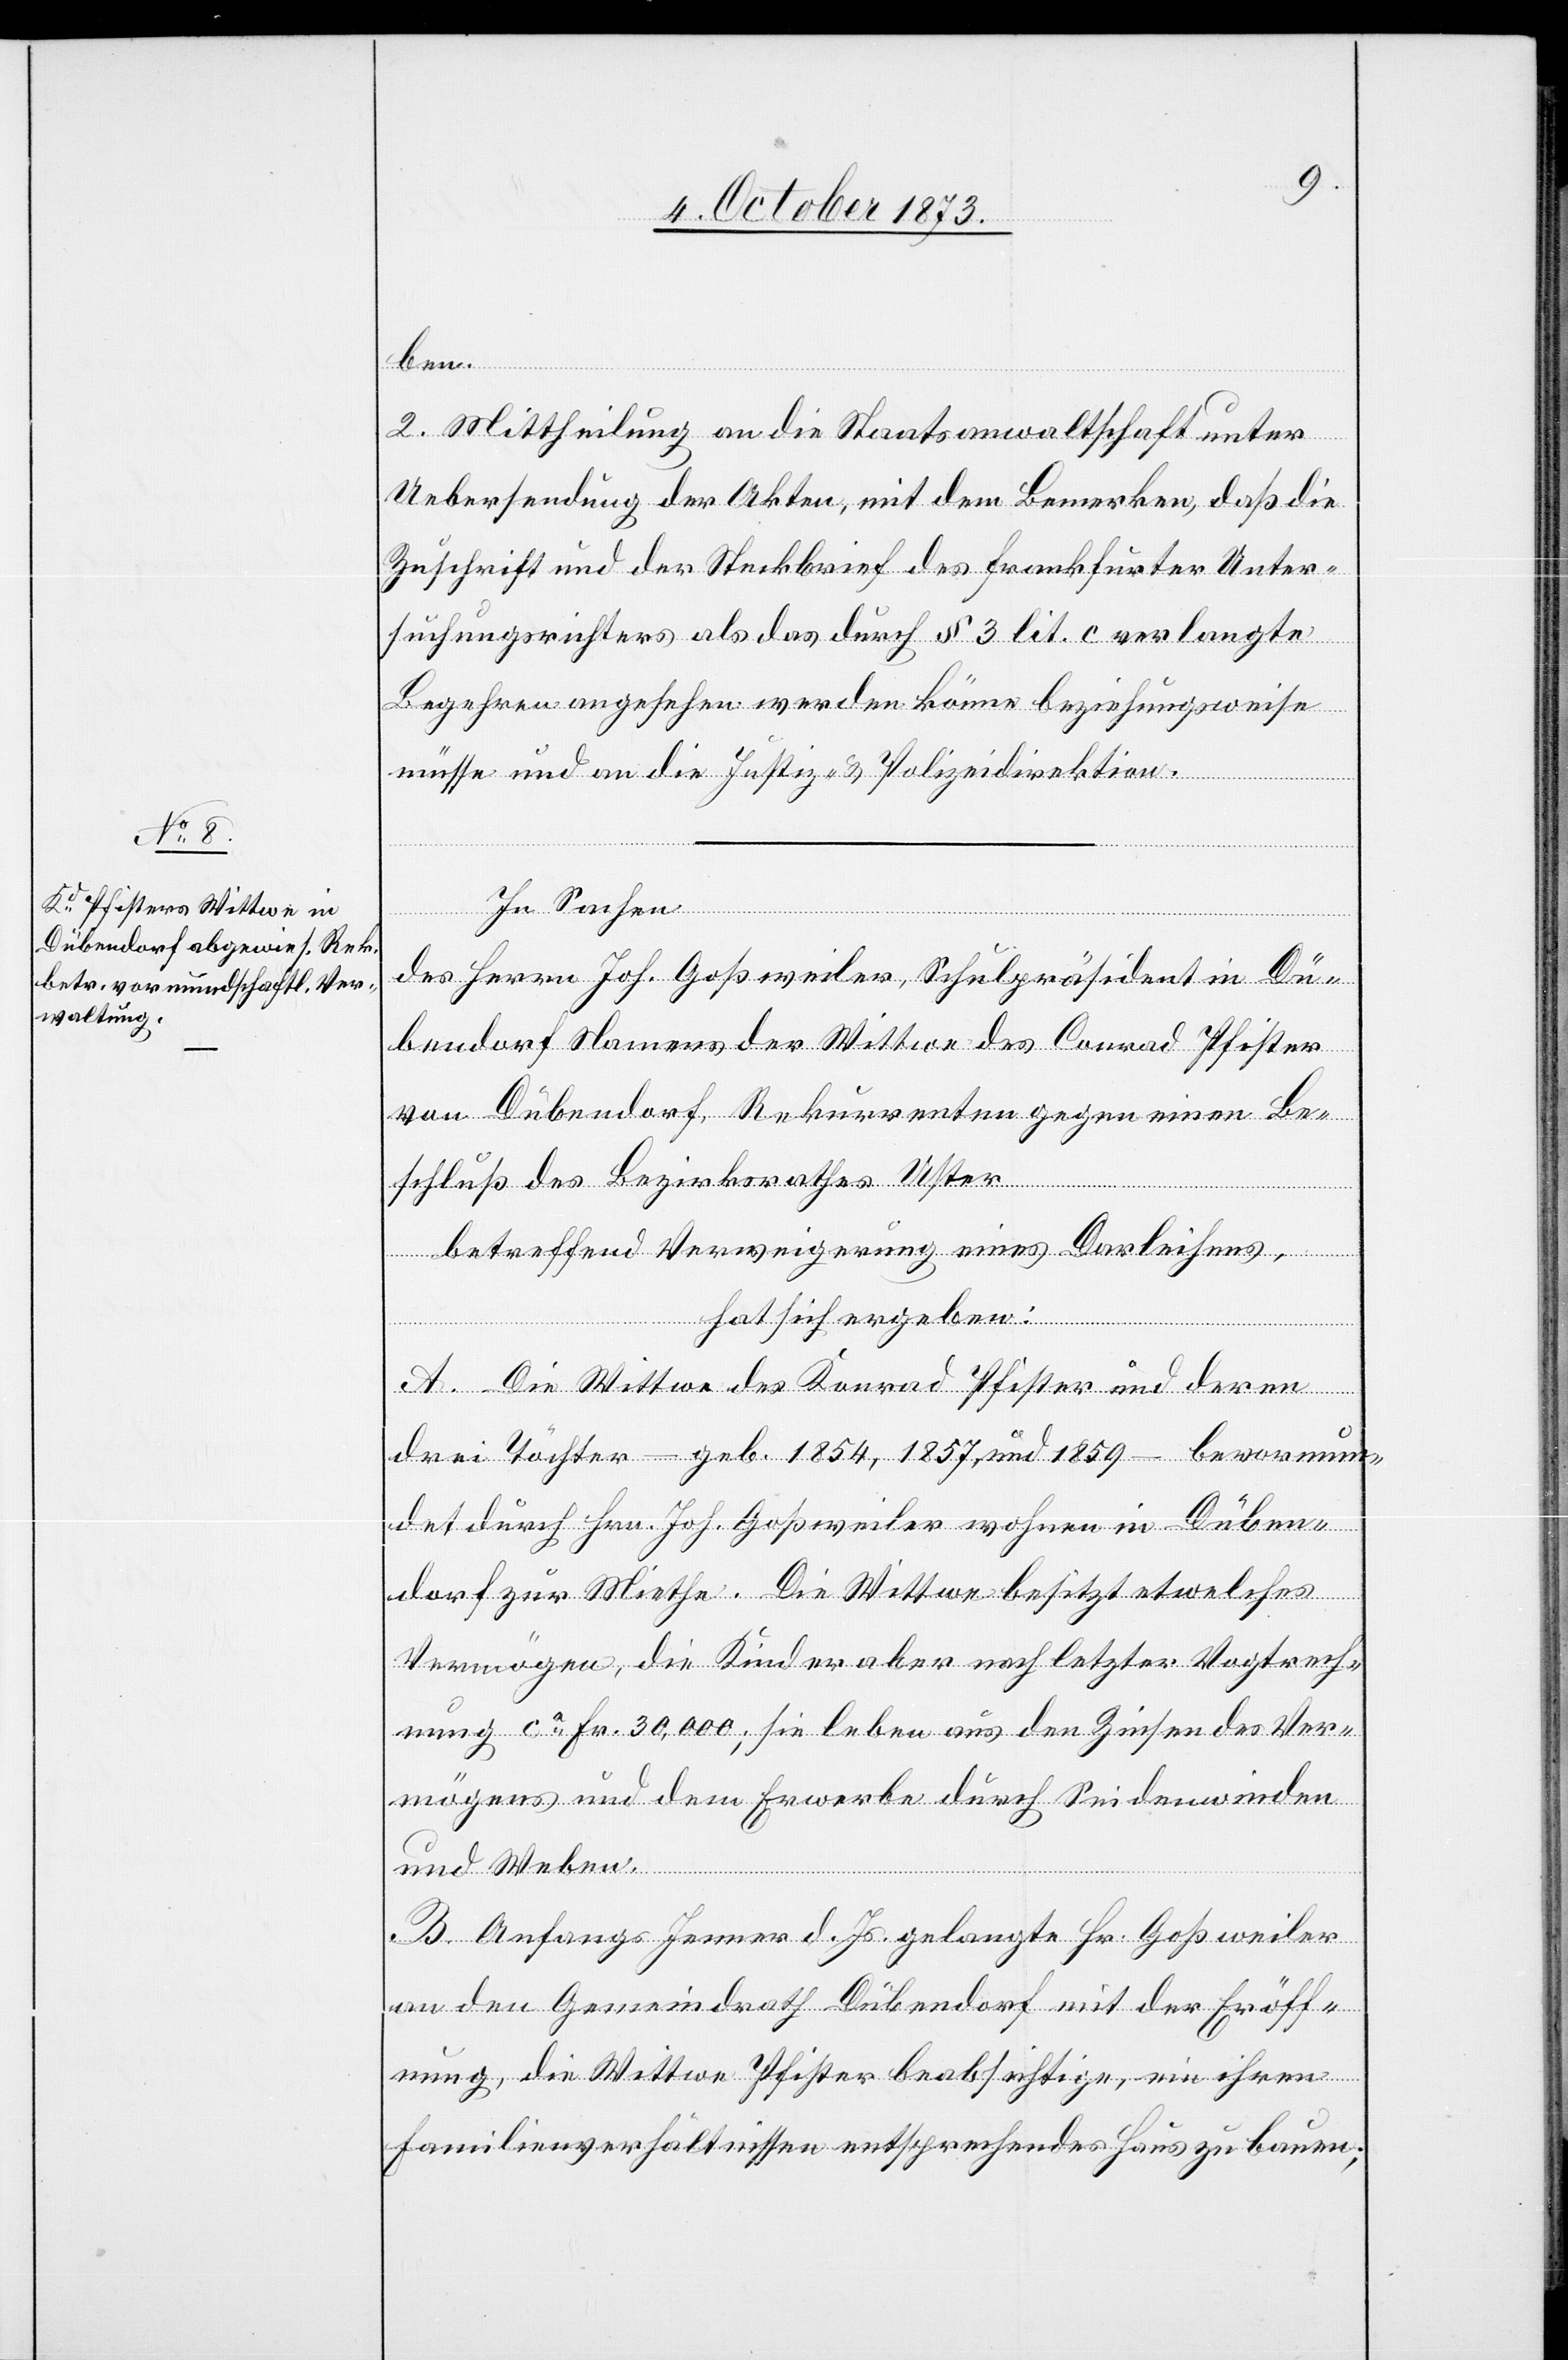
ben.
2. Mittheilung an die Staatsanwaltschaft unter
Uebersendung der Akten, mit dem Bemerken, daß die
Zuschrift und der Steckbrief des frankfurter Unter¬
suchungsrichters als das durch § 3 lit. c verlangte
Begehren angesehen werden könne beziehungsweise
müsse und an die Justiz- & Polizeidirektion.
In Sachen
des Herrn Joh. Goßweiler, Schulpräsident in Dü¬
bendorf Namens der Wittwe des Conrad Pfister
von Dübendorf, Rekurrenten gegen einen Be¬
schluß des Bezirksrathes Uster
betreffend Verweigerung eines Darleihens,
hat sich ergeben:
A. Die Wittwe des Konrad Pfister und deren
drei Töchter – geb. 1854, 1857 und 1859 – bevormun¬
det durch Hrn. Joh. Goßweiler wohnen in Düben¬
dorf zur Miethe. Die Wittwe besitzt etwelches
Vermögen, die Kinder aber nach letzter Vogtrech¬
nung ca Fr. 30,000; sie leben aus den Zinsen des Ver¬
mögens und dem Erwerbe durch Seidenwinden
und Weben.
B. Anfangs Jenner d. Js. gelangte Hr. Goßweiler
an den Gemeindrath Dübendorf mit der Eröff¬
nung, die Wittwe Pfister beabsichtige, ein ihren
Familienverhältnissen entsprechendes Haus zu bauen;